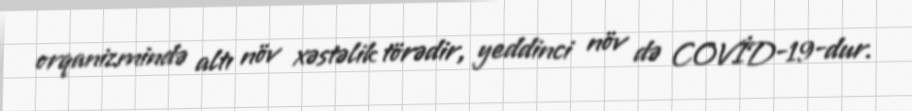
orqanizmində altı növ xəstəlik törədir, yeddinci növ də COVİD-19-dur.